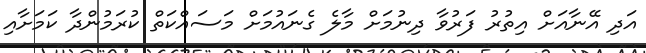
އަދި އޭނާއަށް އިތުރު ފަރުވާ ދިނުމަށް މާލެ ގެނައުމަށް މަސައްކަތް ކުރަމުންދާ ކަމަށާއި